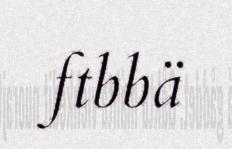
ftbbä